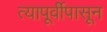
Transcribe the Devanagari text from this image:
त्यापूर्वीपासून